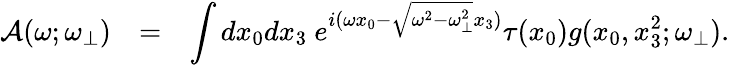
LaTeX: \begin{array}{rcl}{{{\cal A}(\omega;\omega_{\bot})}}&{{=}}&{{\displaystyle\int dx_{0}dx_{3}~e^{i(\omega x_{0}-\sqrt{\omega^{2}-\omega_{\bot}^{2}}x_{3})}\tau(x_{0})g(x_{0},x_{3}^{2};\omega_{\bot}).}}\end{array}